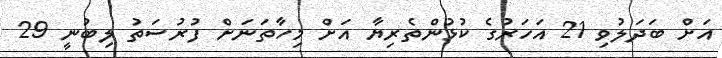
އަށް ބަދަލުވި 21 އަހަރުގެ ކުޅުންތެރިޔާ އަށް މިހާތަނަށް ފުރުސަތު ލިބުނީ 29